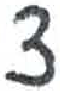
אות: צ